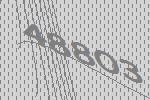
48803